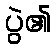
ပွဲ၏